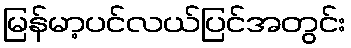
မြန်မာ့ပင်လယ်ပြင်အတွင်း